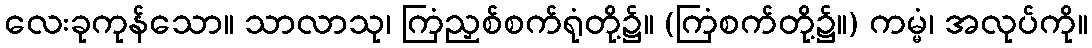
လေးခုကုန်သော။ သာလာသု၊ ကြံညှစ်စက်ရုံတို့၌။ (ကြံစက်တို့၌။) ကမ္မံ၊ အလုပ်ကို။